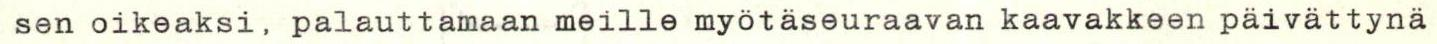
sen oikeaksi, palauttamaan meille myötäseuraavan kaavakkeen päivättynä